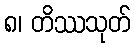
၈၊ တိဿသုတ်